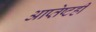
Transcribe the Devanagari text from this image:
आप्तेष्टही